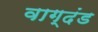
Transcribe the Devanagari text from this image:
वाग्दंड